Civil Veterinary Department Bengal reports 1923-33 - 1923-1933
Year: 1923
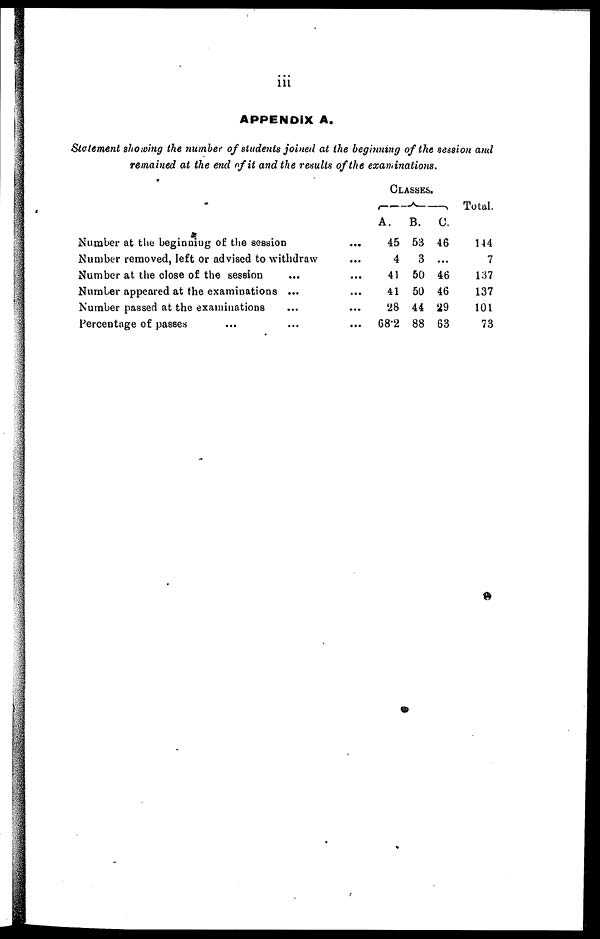
iii
APPENDIX A.
Statement showing the number of students joined at the beginning of the session and
remained at the end of it and the results of the examinations.
Number at the beginning of the session...
Number removed, left or advised to withdraw...
Number at the close of the session
...
Number appeared at the examinations ...
Number passed at the examinations...
Percentage of passes
......
CLASSES.
A.
45
4
41
41
28
68.2
B.
53
3
50
50
44
88
C.
46
...
46
46
29
63
Total.
144
7
137
137
101
73